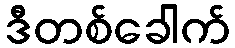
ဒီတစ်ခေါက်